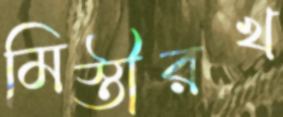
মিস্তীরখ